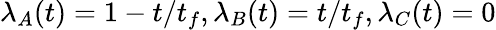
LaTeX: \lambda_{A}(t)=1-t/t_{f},\lambda_{B}(t)=t/t_{f},\lambda_{C}(t)=0